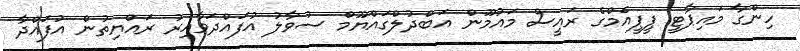
ހިންގާ މައިޕާޓީ ޕީޕީއެމްގެ ރައީސް މައުމޫން އަބްދުލްގައްޔޫމް ސުވާލު އުފައްދަވާއިރު ރައްޔިތުން އުފައްދާ